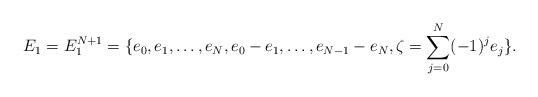
LaTeX: \begin{align*} E _ 1 = E_1 ^ {N+1} = \{ e _ 0, e_1, \dots, e_N, e_0-e_1, \dots , e _ { N -1} - e _N ,\zeta = \sum _ { j = 0 } ^ N ( -1) ^ j e _ j \} . \end{align*}